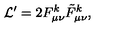
{ \cal L } ^ { \prime } = 2 F _ { \mu \nu } ^ { k } \tilde { F } _ { \mu \nu } ^ { k } ,